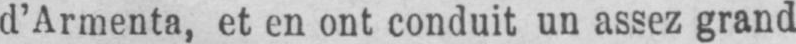
d’Armenta, et en ont conduit un assez grand